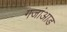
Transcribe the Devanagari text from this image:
गजांआड